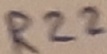
Text: R22